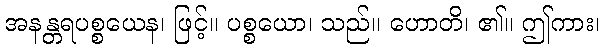
အနန္တရပစ္စယေန၊ ဖြင့်။ ပစ္စယော၊ သည်။ ဟောတိ၊ ၏။ ဤကား၊